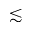
\lesssim